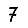
Digit: 7